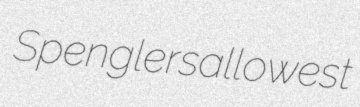
Spengler sallowest